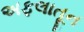
અફલાતૂન